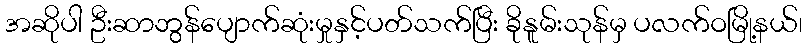
အဆိုပါ ဦးဆာဘွန်ပျောက်ဆုံးမှုနှင့်ပတ်သက်ပြီး ခိုနူမ်းသုန်မှ ပလက်ဝမြို့နယ်၊